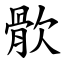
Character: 䯉